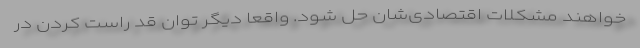
خواهند مشکلات اقتصادی‌شان حل شود. واقعا دیگر توان قد راست کردن در